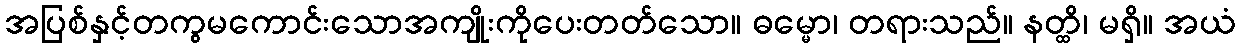
အပြစ်နှင့်တကွမကောင်းသောအကျိုးကိုပေးတတ်သော။ ဓမ္မော၊ တရားသည်။ နတ္ထိ၊ မရှိ။ အယံ